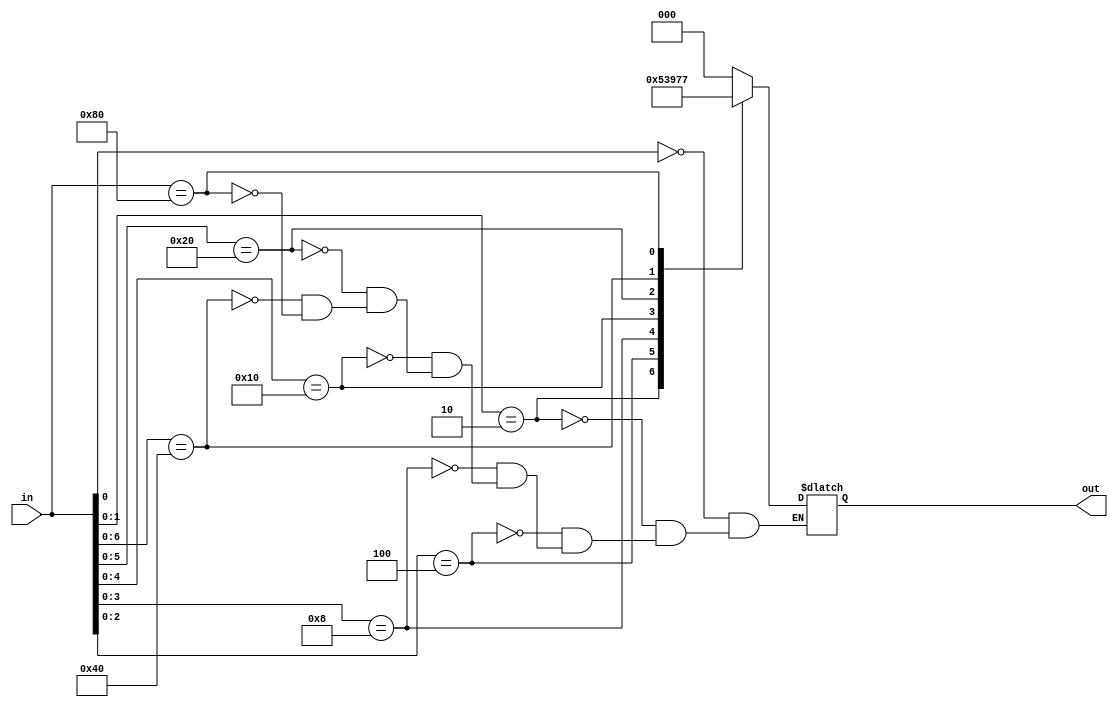
module encoder_8_3_sc(out, in);

	output [2:0]out;
	input [7:0]in;
	reg [2:0]out;
	always @(in)
		begin
			casex(in)
				8'bx1 : out = 3'd0;
				8'bx10 : out = 3'd1;
				8'bx100 : out = 3'd2;
				8'bx1000 : out = 3'd3;
				8'bx10000 : out = 3'd4;
				8'bx100000 : out = 3'd5;
				8'bx1000000 : out = 3'd6;
				8'b10000000 : out = 3'd7;
			endcase
		end
	
endmodule